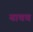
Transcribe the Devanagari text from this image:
याचच